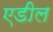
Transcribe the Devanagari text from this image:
एडील